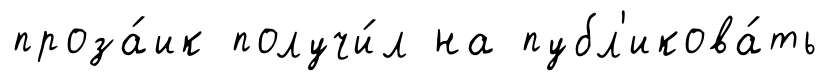
проза́ик получи́л на публ'икова́ть